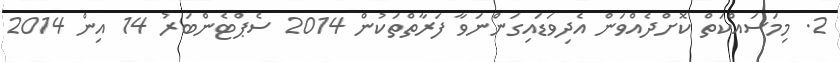
2. މިމަސައްކަތް ކޮށްދެއްވަން އެދިވަޑައިގަންނަވާ ފަރާތްތަކުން 2014 ސެޕްޓެންބަރު 14 އިން 2014